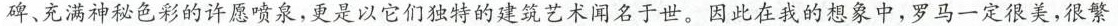
碑、充满神秘色彩的许愿喷泉，更是以它们独特的建筑艺术闻名于世。因此在我的想象中，罗马一定很美，很繁